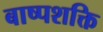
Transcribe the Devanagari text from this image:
बाष्पशक्ति